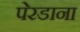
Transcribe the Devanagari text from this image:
पेरडाना